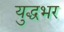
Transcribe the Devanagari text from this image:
युद्धभर